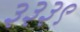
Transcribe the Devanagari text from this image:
३३३९